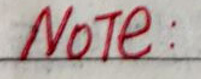
Note: